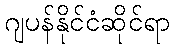
ဂျပန်နိုင်ငံဆိုင်ရာ